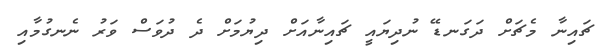
ޗައިނާ މެޗަށް ދަގަނޑޭ ނުދިޔައީ ޗައިނާއަށް ދިޔުމަށް ދެ ދުވަސް ވަރު ނެނގުމާއި